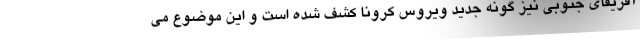
آفریقای جنوبی نیز گونه جدید ویروس کرونا کشف شده است و این موضوع می